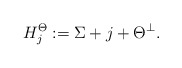
\begin{align*}H_j^{\Theta}:=\Sigma+j+\Theta^\perp. \end{align*}